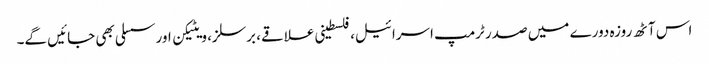
اس آٹھ روزہ دورے میں صدر ٹرمپ اسرائیل، فلسطینی علاقے، برسلز، ویٹیکن اور سسلی بھی جائیں گے۔